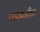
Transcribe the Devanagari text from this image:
पडझडीचा